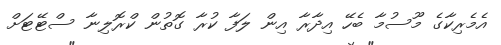
އެމެރިކާގެ މޫސުމާ ބެހޭ އިދާރާ އިން ލަފާ ކުރާ ގޮތުން ކްރޮލިނާ ސްޓޭޓަށް